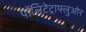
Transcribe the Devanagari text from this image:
पॉलिटेट्राफ्लुओर